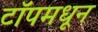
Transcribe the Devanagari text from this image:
टॉपमधून